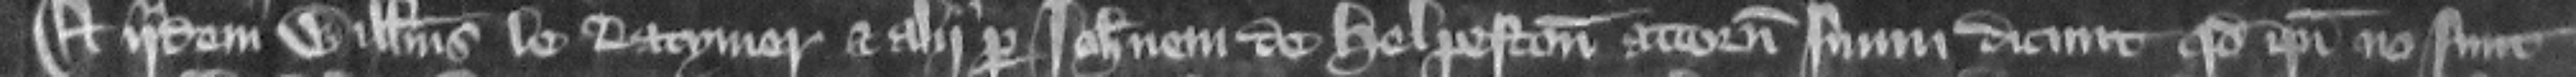
Et iidem Willelmus le Latymer et alii per Tohannem de Helpeston attornatum suum dicunt quod ipsi non sunt